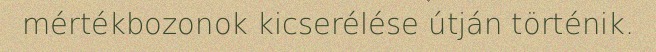
mértékbozonok kicserélése útján történik.